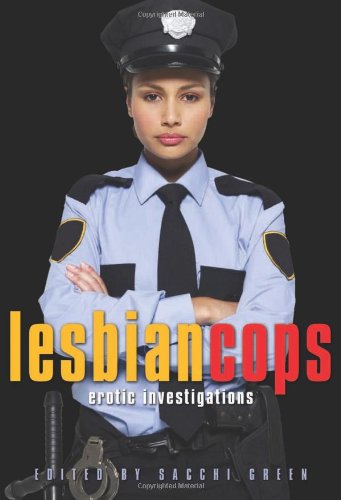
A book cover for Lesbian Cops: Erotic Investigations; Romance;